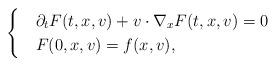
LaTeX: \begin{align*}\begin{cases}& \partial_tF(t,x,v)+v\cdot\nabla_xF(t,x,v)=0 \\ & F(0,x,v)=f(x,v),\end{cases}\end{align*}